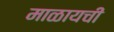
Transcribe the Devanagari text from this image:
माळायची